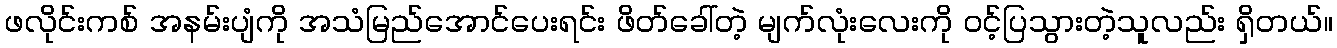
ဖလိုင်းကစ် အနမ်းပျံကို အသံမြည်အောင်ပေးရင်း ဖိတ်ခေါ်တဲ့ မျက်လုံးလေးကို ဝင့်ပြသွားတဲ့သူလည်း ရှိတယ်။